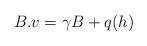
LaTeX: \begin{align*}B.v=\gamma B+q({h})\end{align*}